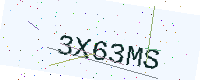
Text: 3X63MS